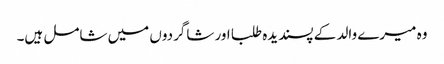
وہ میرے والد کے پسندیدہ طلبا اور شاگردوں میں شامل ہیں۔